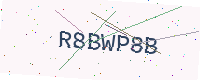
Text: R8BWP8B